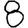
Digit: 8